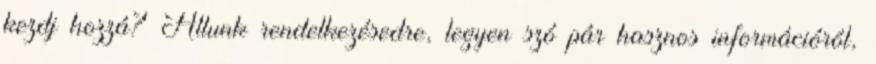
kezdj hozzá? Állunk rendelkezésedre, legyen szó pár hasznos információról,